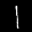
Label: 1